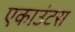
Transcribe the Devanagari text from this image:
एकाउंटस